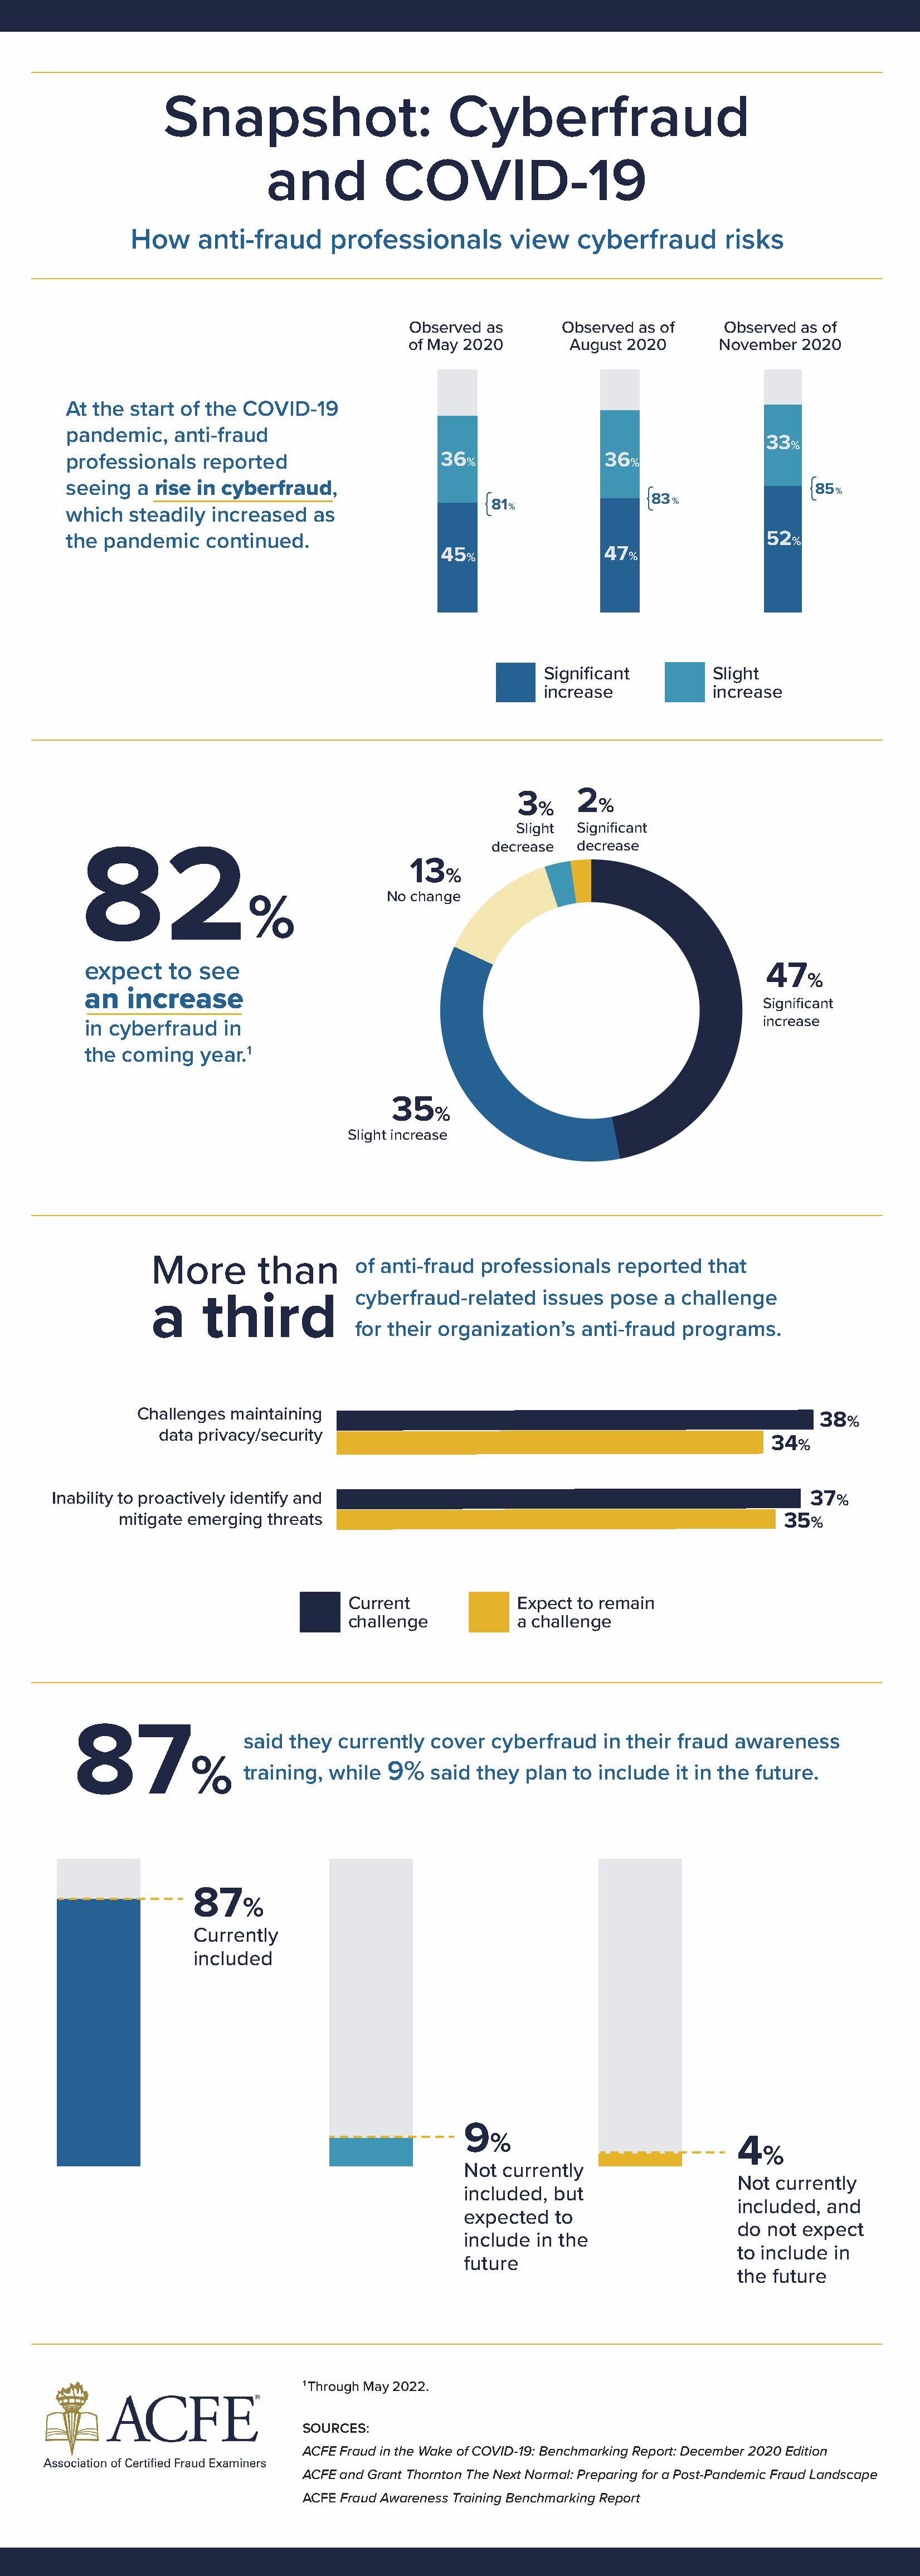
Snapshot:                         Cyberfraud
 and           COVID-19
 How     anti-fraud      professionals         view    cyberfraud       risks
 Observed as       Observed as of     Observed as of
 of May 2020        August 2020      November  2020
 At the  start of the COVID-19
 pandemic,    anti-fraud
 33
 %
 professionals   reported                    36                  36
 %                   %
 {
 seeing  a rise in cyberfraud,                     {                  { 83                85 %
 81                    %
 which  steadily  increased   as                     %
 the pandemic    continued.                                                         52
 %
 45                  47
 %                   %
 Significant         Slight
 increase            increase
 3      2
 %      %
 Slight Significant
 decrease  decrease
 82
 13
 %
 No change
 %
 expect    to  see                                                                47
 %
 an   increase
 Significant
 increase
 in cyberfraud    in
 the coming    year.1
 35
 %
 Slight increase
 More         than       of anti-fraud  professionals   reported   that
 cyberfraud-related    issues  pose   a challenge
 a     third
 for their organization’s   anti-fraud  programs.
 Challenges maintaining
 38
 %
 data privacy/security
 34
 %
 Inability to proactively identify and                                                     37 %
 mitigate emerging threats                                                      35
 %
 Current             Expect  to remain
 challenge           a challenge
 87
 said they  currently  cover  cyberfraud    in their fraud awareness
 %
 9%
 training, while       said  they plan  to include  it in the future.
 87
 %
 Currently
 included
 9
 %                             4
 %
 Not  currently
 Not currently
 included,  but
 included, and
 expected   to
 do not expect
 include  in the
 to include in
 future
 the future
 1 Through May 2022.
 SOURCES:
 ACFE Fraud in the Wake of COVID-19: Benchmarking Report: December 2020 Edition
 ACFE and Grant Thornton The Next Normal: Preparing for a Post-Pandemic Fraud Landscape
 ACFE Fraud Awareness Training Benchmarking Report